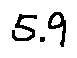
5 . 9